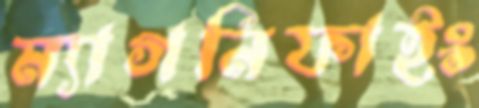
ম্যাগনিফাইং